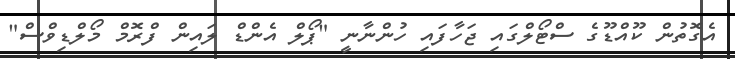
އެގޮތުން ކޫއްޑޫގެ ސްޓޯލްގައި ޖަހާފައި ހުންނާނީ "ޕޯލް އެންޑް ލައިން ފްރޮމް މޯލްޑިވްސް"